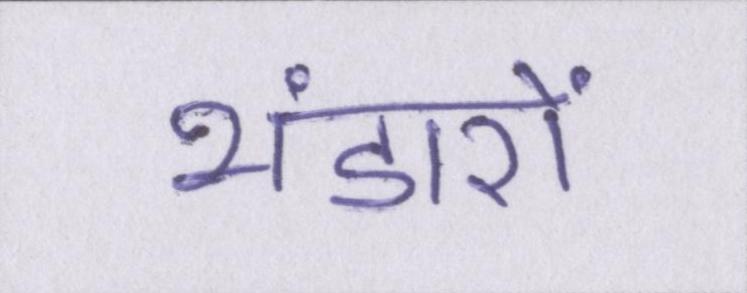
भंडारों